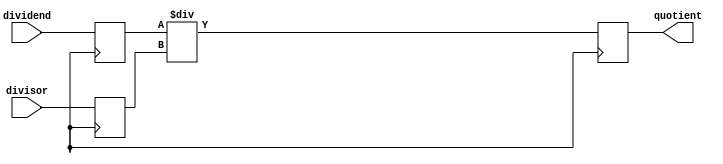
module pipelined_divider (
    input wire [31:0] dividend,
    input wire [31:0] divisor,
    output wire [31:0] quotient
);

reg [31:0] dividend_reg;
reg [31:0] divisor_reg;
reg [31:0] quotient_reg;

always @ (posedge clk) begin
    dividend_reg <= dividend;
    divisor_reg <= divisor;
    
    quotient_reg <= dividend_reg / divisor_reg;
end

assign quotient = quotient_reg;

endmodule